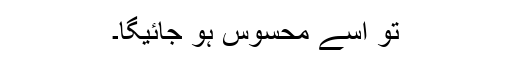
تو اسے محسوس ہو جائیگا۔